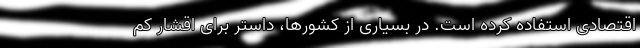
اقتصادی استفاده کرده است. در بسیاری از کشورها، داستر برای اقشار کم